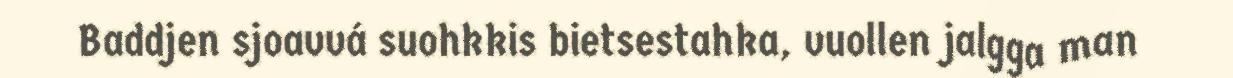
Baddjen sjoavvá suohkkis bietsestahka, vuollen jalgga man